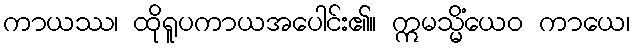
ကာယဿ၊ ထိုရူပကာယအပေါင်း၏။ ဣမသ္မိံယေဝ ကာယေ၊